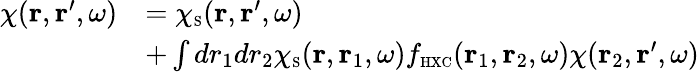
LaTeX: \begin{array}{rl}{\chi({\mathbf r},{\mathbf r}^{\prime},\omega)}&{=\chi_{\scriptscriptstyle\mathrm{S}}({\mathbf r},{\mathbf r}^{\prime},\omega)}\\ &{+\int dr_{1}dr_{2}\chi_{\scriptscriptstyle\mathrm{S}}({\mathbf r},{\mathbf r}_{1},\omega)f_{\scriptscriptstyle\mathrm{HXC}}({\mathbf r}_{1},{\mathbf r}_{2},\omega)\chi({\mathbf r}_{2},{\mathbf r}^{\prime},\omega)}\end{array}